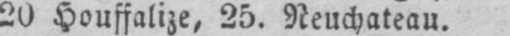
20 Houffalize, 25. Neuchateau.